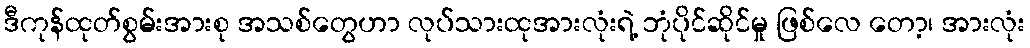
ဒီကုန်ထုတ်စွမ်းအားစု အသစ်တွေဟာ လုပ်သားထုအားလုံးရဲ့ ဘုံပိုင်ဆိုင်မှု ဖြစ်လေ တော့၊ အားလုံး